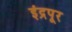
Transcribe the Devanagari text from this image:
इंद्रपूर